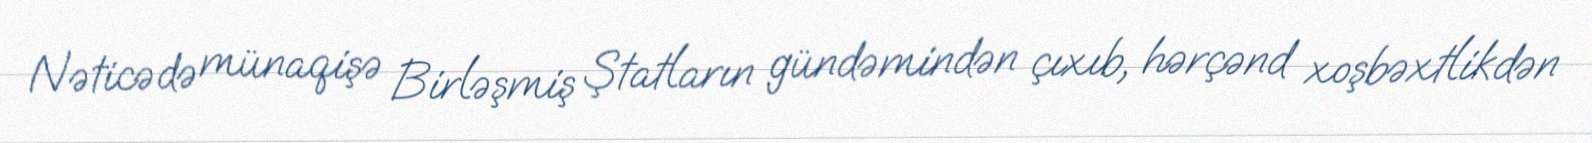
Nəticədə münaqişə Birləşmiş Ştatların gündəmindən çıxıb, hərçənd xoşbəxtlikdən